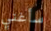
سأغني